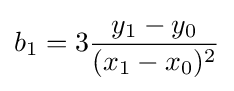
b_{1}=3{\frac {y_{1}-y_{0}}{(x_{1}-x_{0})^{2}}}